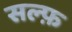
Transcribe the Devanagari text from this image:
सल्फ़